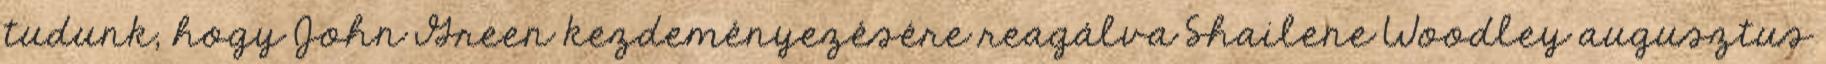
tudunk, hogy John Green kezdeményezésére reagálva Shailene Woodley augusztus